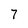
Character: 7